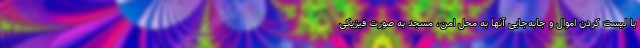
با لیست کردن اموال و جابه‌جایی آنها به محل امن، مسجد به صورت فیزیکی